Report on vaccination in Madras 1895-1903 - 1895-1903
Year: 1895
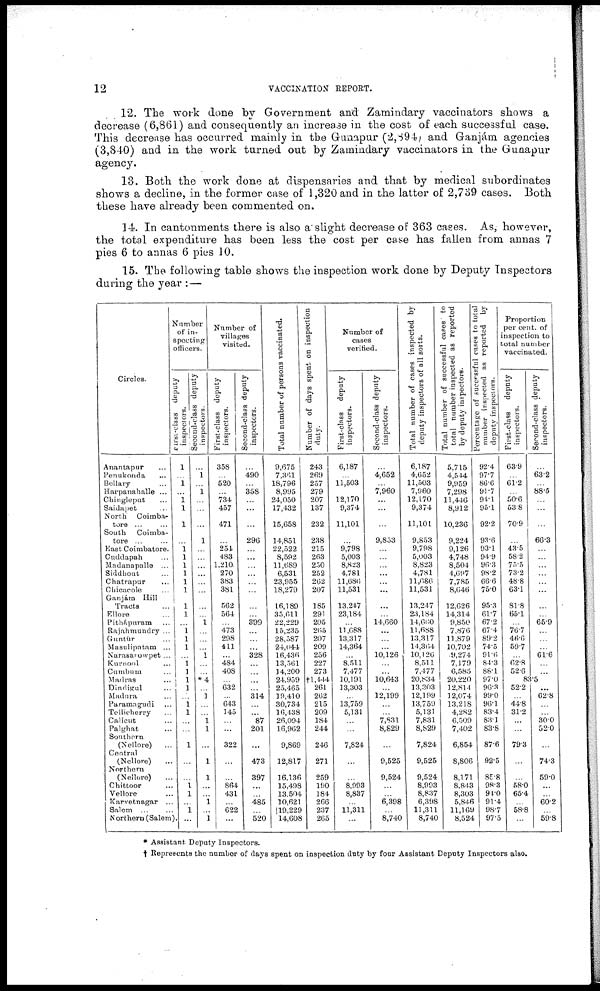
12
VACCINATION REPORT.
12. The work done by Government and Zamindary vaccinators shows a
decrease (6,861) and consequently an increase in the cost of each successful case.
This decrease has occurred mainly in the Gunapur (2,894) and Ganjám. agencies
(3,840) and in the work turned out by Zamindary vaccinators in the Gunapur
agency.
13. Both the work done at dispensaries and that by medical subordinates
shows a decline, in the former case of 1,320 and in the latter of 2,739 cases. Both
these have already been commented on.
14. In cantonments there is also a slight decrease of 363 cases. As, however,
the total expenditure has been less the cost per case has fallen from annas 7
pies 6 to annas 6 pies 10.
15. The following table shows the inspection work done by Deputy Inspectors
during the year :—
Circles.
Anantapur ...
Penukonda ...
Bellary ...
Harpanahalle ...
Chingleput ...
Saidapet ...
North
Coimba¬
tore ... ...
South
Coimba¬
tore ... ...
East Coimbatore.
Cuddapah ...
Madanapalle ...
Siddhout
Chatrapur ...
Chicacole
Ganjám Hill
Tracts ...
Ellore ...
Pithápuram ...
Rajahmundry ...
Guntúr ...
Masulipatam ...
Narasarowpet ...
Kurnool ...
Cumbum ...
Madras ...
Dindigul ...
Madura ...
Paramagudi ...
Tellicherry ...
Calicut ...
Palghat ...
Southern
(Nellore)
...
Central
(Nellore) ...
Northern
(Nellore) ...
Chittoor ...
Vellore ...
Karvetnagar ...
Salem ... ...
Northern (Salem).
Number
of in-
specting
officers.
first-class deputy
inspectors.
1
...
1
...
1 1
1
...
1
1
1
1
1
1
1
1
...
1
1
1
...
1
1
1
1
...
1
1
...
...
1
...
...
1
1
...
1
...
Second-class deputy
inspectors.
...
1
...
1
...
...
...
1
...
...
...
...
...
...
...
...
1
...
...
...
1
...
...
*4
...
1
...
...
1 1
...
1
1
...
...
1
...
1
Number of
villages
visited.
First-class deputy
inspectors.
358
...
520
...
734
457
471
...
254
483
1,210
270
383
381
562
564
...
473
298
411
...
484
408
...
632
...
643
145
...
...
322
...
...
864
431
...
622
...
Second-class deputy
inspectors.
...
490
...
358
...
...
...
296
...
...
...
...
...
...
...
...
399
...
...
...
328
...
...
...
314
...
...
87
201
...
473
397
...
...
485
...
520
Total number of persons vaccinated.
9,675
7,361
18,796
8,995
24,050
17,432
15,658
14,851
22,522
8,592
11,689
6,531
23,955
18,279
16,189
35,611
22,229
15,235
28,587
24,044
16,436
13,561
14,200
24,959
25,465
19,410
30,734
16,438
26,094
16,962
9,869
12,817
16,136
15,498
13,504
10,621
19,229
14,608
Number of days spent on inspection
duty.
243
269
257
279
207
137
232
238
215
263
250
252
262
207
185
291
205
265
207
209
256
227
273
†1,444
261
262
215
209
184
244
246
271
259
190
184
266
237
265
Number of
cases
verified.
First-class
deputy
inspectors.
6,187
...
11,503
...
12,170
9,374
11,101
...
9,798
5,003
8,823
4,781
11,686
11,531
13,247
23,184
...
11,688
13,317
14,364
...
8,511
7,477
10,191
13,303
...
13,759
5,131
...
...
7,824
...
...
8,993
8,837
...
11,311
...
Second-class deputy
inspectors.
...
4,652
...
7,960
...
...
...
9,853
...
...
...
...
...
...
...
...
14,660
...
...
...
10,126
...
...
10,643
...
12,199
...
...
7,831
8,829
...
9,525
9,524
...
...
6,398
...
8,740
Total number of cases inspected by
deputy inspectors of all sorts.
6,187
4,652
11,503
7,960
12,170
9,374
11,101
9,853
9,798
5,003
8,823
4,781
11,686
11,531
13,247
23,184
14,660
11,688
13,317
14,364
10,126
8,511
7,477
20,834
13,303
12,199
13,759
5,131
7,831
8,829
7,824
9,525
9,524
8,993
8,837
6,398
11,311
8,740
Total number of successful cases to
total number inspected as reported
by deputy inspectors.
5,715
4,544
9,959
7,298
11,446
8,912
10,236
9,224
9,126
4,748
8,504
4,697
7,785
8,646
12,626
14,314
9,850
7,876
11,879
10,702
9,274
7,179
6,585
20,220
12,814
12,074
13,218
4,282
6,509
7,402
6,854
8,806
8,171
8,843
8,303
5,846
11,169
8,524
Percentage of successful cases to total
number inspected as reported by
deputy inspectors.
92.4
97.7
86.6
91.7
94.1
95.1
92.2
93.6
93.1
94.9
96.3
98.2
66.6
75.0
95.3
61.7
67.2
67.4
89.2
74.5
91.6
84.3
88.1
97.0
96.3
99.0
96.1
83.4
83.1
83.8
87.6
92.5
85.8
98.3
94.0
91.4
98.7
97.5
Proportion
per cent. of
inspection to
total number
vaccinated.
First-class
deputy
inspectors.
63.9
...
61.2
...
50.6
53.8
70.9
...
43.5
58.2
73.5
73.2
48.8
63.1
81.8
65.1
...
76.7
46.6
59.7
...
62.8
52.6
Second-class deputy
inspectors.
...
63.2
...
88.5
...
...
...
66.3
...
...
...
...
...
...
...
...
65.9
...
...
...
61.6
...
...
83.5
52.2
...
44.8
31.2
...
...
79.3
...
...
58.0
65.4
...
58.8
...
...
62.8
...
...
30.0
52.0
...
74.3
59.0
...
...
60.2
...
59.8
* Assistant Deputy Inspectors.
† Represents the number of days spent on inspection duty by four Assistant Deputy Inspectors also.